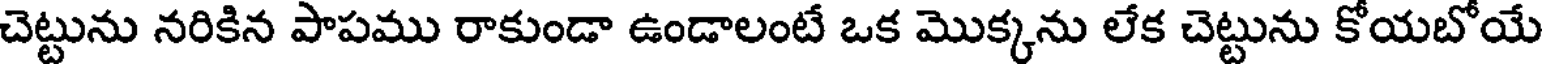
చెట్టును నరికిన పాపము రాకుండా ఉండాలంటే ఒక మొక్కను లేక చెట్టును కోయబోయే